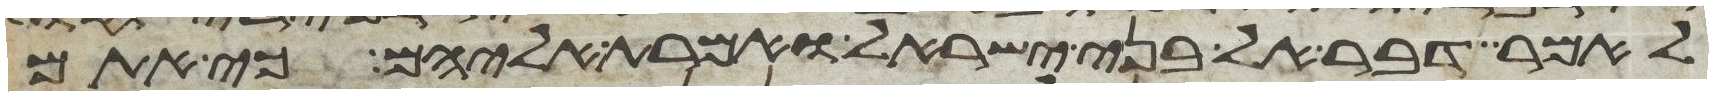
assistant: לאמר דבר אל בני ישראל ואמרת אליהם כי אתם